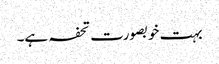
بہت خوبصورت تحفہ ہے۔